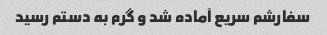
سفارشم سریع آماده شد و گرم به دستم رسید